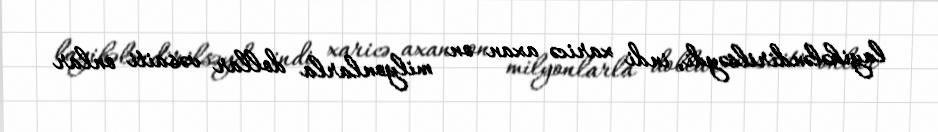
layihələndirilsəydi, indi xaricə axan on milyonlarla dollar vəsaiti onlar